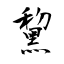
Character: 黧